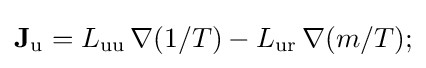
\mathbf {J} _{\text{u}}=L_{\text{uu}}\,\nabla (1/T)-L_{\text{ur}}\,\nabla (m/T);